Annual report of the Camel Specialist
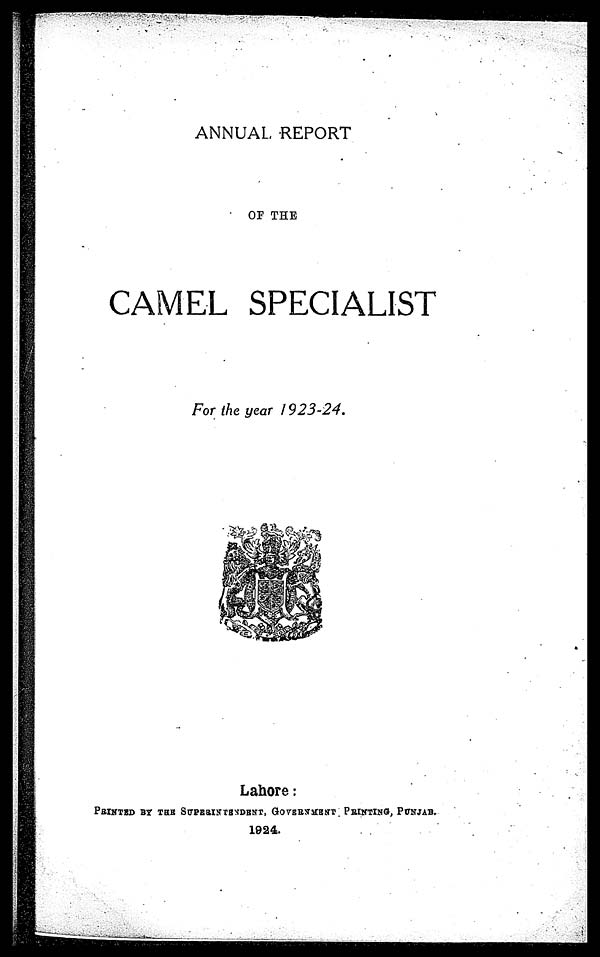
ANNUAL REPORT
OF THE
CAMEL SPECIALIST
For the year 1923-24.
Lahore:
PRINTED BY THE SUPERINTENDENT, GOVERNMENT PRINTING, PUNJAB.
1924.